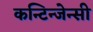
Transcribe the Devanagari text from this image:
कन्टिन्जेन्सी